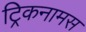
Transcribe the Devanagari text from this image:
ट्रिकनामस